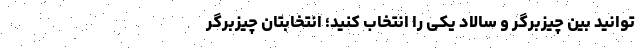
‌توانید بین چیزبرگر و سالاد یکی را انتخاب کنید؛ انتخابتان چیزبرگر